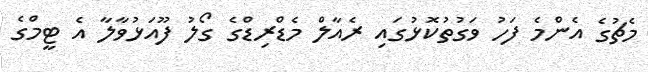
މެޗުގެ އެންމެ ފަހު ވަގުތުކޮޅުގައި ރެއާލް މެޑްރިޑްގެ ގޯލު ފޫއަޅުވާލާ އެ ޓީމްގެ